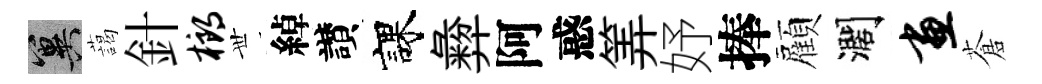
冀藹針榔𠀍綽讃課彜阿惑筭妤捧顏濶画蒼